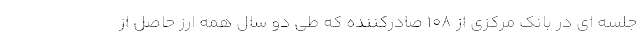
جلسه ای در بانک مرکزی از ۱۰۸ صادرکننده که طی دو سال همه ارز حاصل از